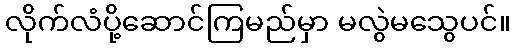
လိုက်လံပို့ဆောင်ကြမည်မှာ မလွဲမသွေပင်။